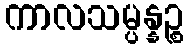
ကာလသမ္ပန္နဉ္စ